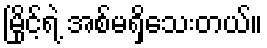
မြိုင့်ရဲ့ အစ်မရှိသေးတယ်။